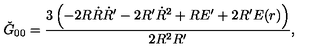
\check { G } _ { 0 0 } = \frac { 3 \left( - 2 R \dot { R } \dot { R } ^ { \prime } - 2 R ^ { \prime } \dot { R } ^ { 2 } + R E ^ { \prime } + 2 R ^ { \prime } E ( r ) \right) } { 2 R ^ { 2 } R ^ { \prime } } ,